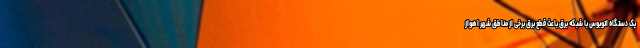
یک دستگاه اتوبوس با شبکه برق باعث قطع برق برخی از مناطق شهر اهواز